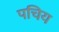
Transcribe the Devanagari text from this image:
पचिय